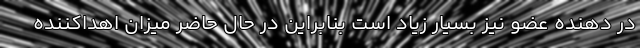
در دهنده عضو نیز بسیار زیاد است بنابراین در حال حاضر میزان اهداکننده